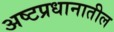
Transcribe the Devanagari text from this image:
अष्टप्रधानातील